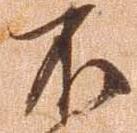
不